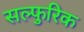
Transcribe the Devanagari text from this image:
सल्फुरिक